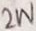
Text: 2W